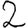
Digit: 2